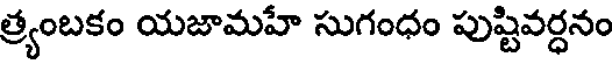
త్ర్యంబకం యజామహే సుగంధం పుష్టివర్ధనం